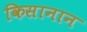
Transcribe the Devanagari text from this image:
किसानान